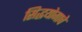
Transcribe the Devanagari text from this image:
सिद्धयोगाचे